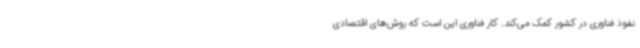
نفوذ فناوری در کشور کمک می‌کند. کار فناوری این است که روش‌های اقتصادی